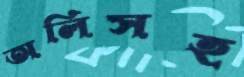
অলিসহ